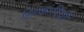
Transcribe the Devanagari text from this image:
खिकारियों